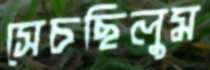
সেচছিলুম